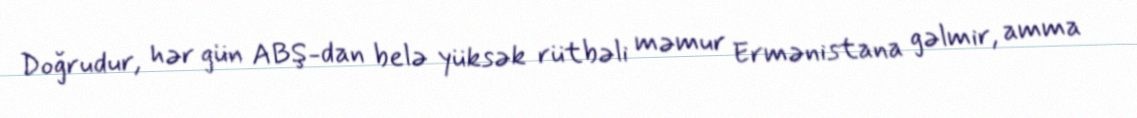
Doğrudur, hər gün ABŞ-dan belə yüksək rütbəli məmur Ermənistana gəlmir, amma